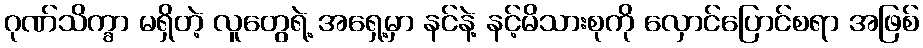
ဂုဏ်သိက္ခာ မရှိတဲ့ လူတွေရဲ့ အရှေ့မှာ နင်နဲ့ နင့်မိသားစုကို လှောင်ပြောင်စရာ အဖြစ်